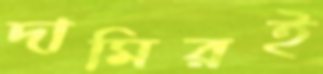
দামিরই